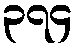
၃၇၄